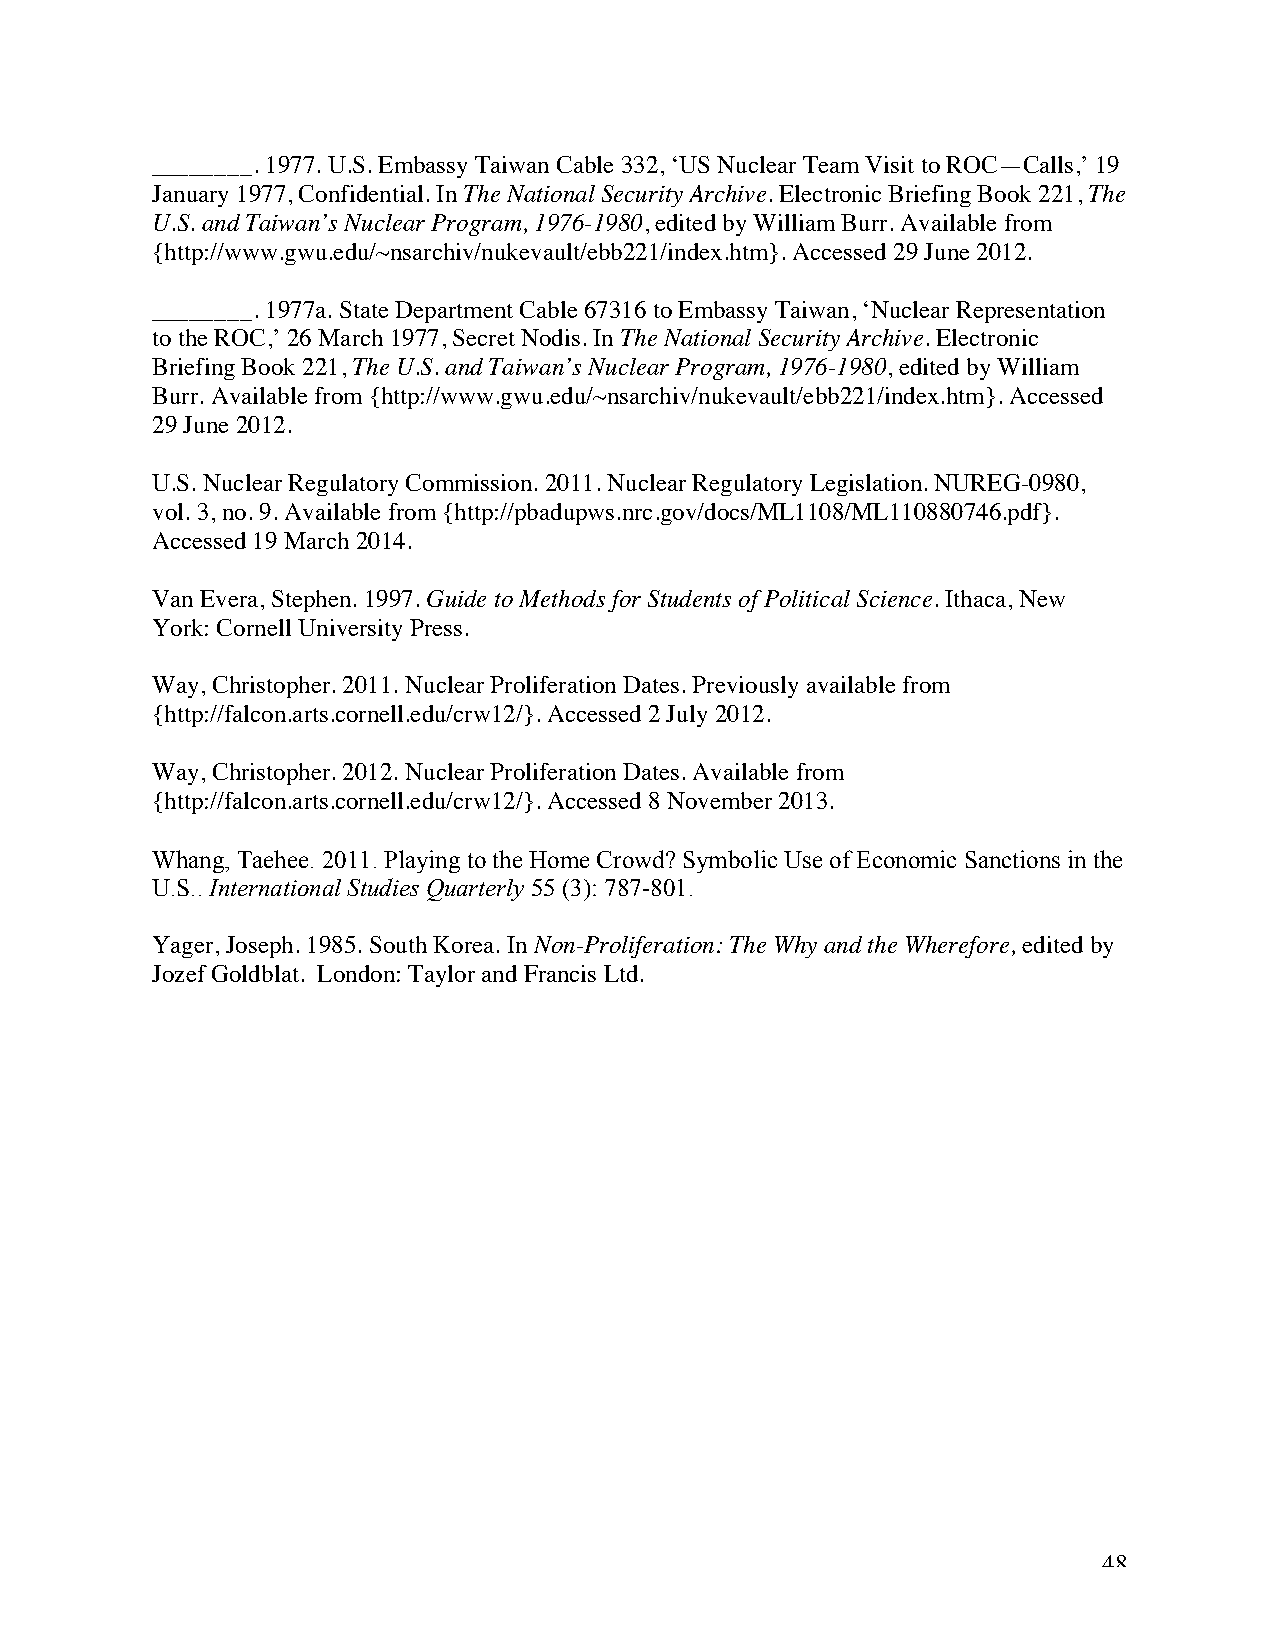
________. 1977. U.S. Embassy Taiwan Cable 332, ‘US Nuclear Team Visit to ROC—Calls,’ 19
 January 1977, Confidential. In The National Security Archive. Electronic Briefing Book 221, The
 U.S. and Taiwan’s Nuclear Program, 1976-1980, edited by William Burr. Available from
 {http://www.gwu.edu/~nsarchiv/nukevault/ebb221/index.htm}. Accessed 29 June 2012.
 ________. 1977a. State Department Cable 67316 to Embassy Taiwan, ‘Nuclear Representation
 to the ROC,’ 26 March 1977, Secret Nodis. In The National Security Archive. Electronic
 Briefing Book 221, The U.S. and Taiwan’s Nuclear Program, 1976-1980, edited by William
 Burr. Available from {http://www.gwu.edu/~nsarchiv/nukevault/ebb221/index.htm}. Accessed
 29 June 2012.
 U.S. Nuclear Regulatory Commission. 2011. Nuclear Regulatory Legislation. NUREG-0980,
 vol. 3, no. 9. Available from {http://pbadupws.nrc.gov/docs/ML1108/ML110880746.pdf}.
 Accessed 19 March 2014.
 Van Evera, Stephen. 1997. Guide to Methods for Students of Political Science. Ithaca, New
 York: Cornell University Press.
 Way, Christopher. 2011. Nuclear Proliferation Dates. Previously available from
 {http://falcon.arts.cornell.edu/crw12/}. Accessed 2 July 2012.
 Way, Christopher. 2012. Nuclear Proliferation Dates. Available from
 {http://falcon.arts.cornell.edu/crw12/}. Accessed 8 November 2013.
 Whang, Taehee. 2011. Playing to the Home Crowd? Symbolic Use of Economic Sanctions in the
 U.S.. International Studies Quarterly 55 (3): 787-801.
 Yager, Joseph. 1985. South Korea. In Non-Proliferation: The Why and the Wherefore, edited by
 Jozef Goldblat. London: Taylor and Francis Ltd.
 48